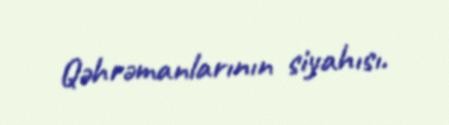
Qəhrəmanlarının siyahısı.